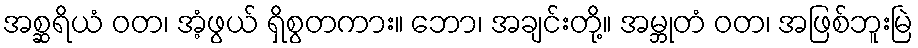
အစ္ဆရိယံ ဝတ၊ အံ့ဖွယ် ရှိစွတကား။ ဘော၊ အချင်းတို့။ အမ္ဘုတံ ဝတ၊ အဖြစ်ဘူးမြဲ